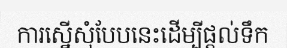
ការស្នើសុំបែបនេះដើម្បីផ្តល់ទឹក